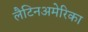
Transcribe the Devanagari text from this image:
लैटिनअमेरिका